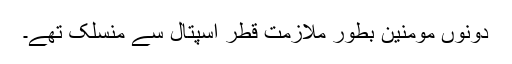
دونوں مومنین بطور ملازمت قطر اسپتال سے منسلک تھے۔